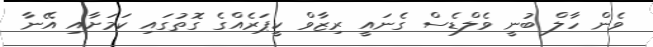
ވެން ހާލް ބުނީ ވެލްޑެސް ގެނައީ ރިޒާވް ކީޕަރެއްގެ ގޮތުގައި ކަމަށާއި އޭނާ